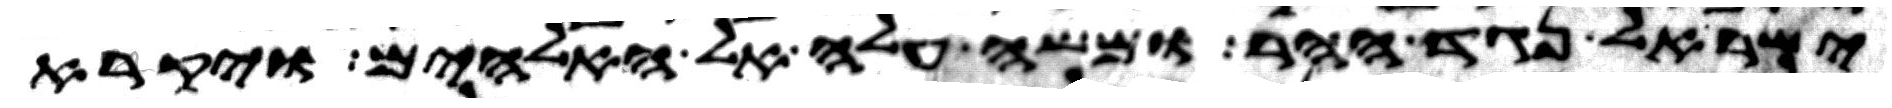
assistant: ישראל נגד ההר ומשה עלה אל האלהים ויקרא